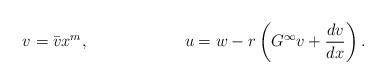
LaTeX: \begin{align*}v &= \bar{v} x^{m}, &u&= w-r\left(G^{\infty} v+\frac{dv}{dx}\right).\end{align*}